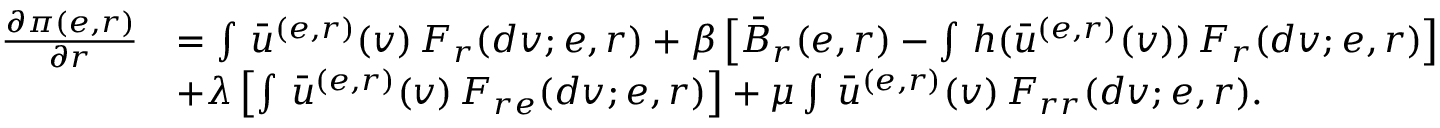
\begin{array} { r l } { \frac { \partial \pi ( e , r ) } { \partial r } } & { = \int \, \bar { u } ^ { ( e , r ) } ( v ) \, F _ { r } ( d v ; e , r ) + \beta \left[ \bar { B } _ { r } ( e , r ) - \int \, h ( \bar { u } ^ { ( e , r ) } ( v ) ) \, F _ { r } ( d v ; e , r ) \right] } \\ & { + \lambda \left[ \int \, \bar { u } ^ { ( e , r ) } ( v ) \, F _ { r e } ( d v ; e , r ) \right] + \mu \int \, \bar { u } ^ { ( e , r ) } ( v ) \, F _ { r r } ( d v ; e , r ) . } \end{array}